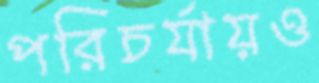
পরিচর্যায়ও